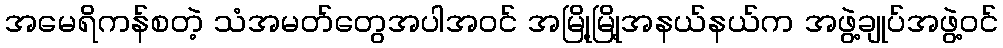
အမေရိကန်စတဲ့ သံအမတ်တွေအပါအဝင် အမြို့မြို့အနယ်နယ်က အဖွဲ့ချုပ်အဖွဲ့ဝင်